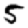
Digit: 5